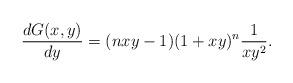
LaTeX: \begin{align*}\frac{dG(x,y)}{dy}= (nxy-1)(1+xy)^{n}\frac{1}{xy^{2}}.\end{align*}